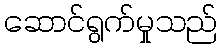
ဆောင်ရွက်မှုသည်